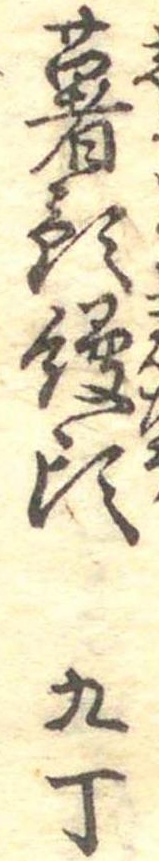
薯預饅頭九丁